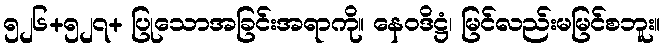
၅၂၆+၅၂၇+ ပြုသောအခြင်းအရာကို။ နေဝဒိဋ္ဌံ၊ မြင်လည်းမမြင်စဘူး။